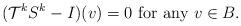
LaTeX: \begin{align*} (\mathcal{T}^kS^k-I)(v)=0 \mbox{ for any } v\in B. \end{align*}